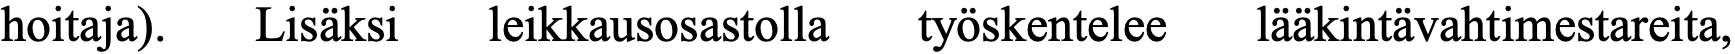
hoitaja). Lisäksi leikkausosastolla työskentelee lääkintävahtimestareita,